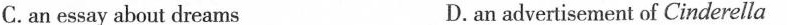
C.an essay about dreams D.an advertisement of Cinderella